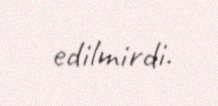
edilmirdi.